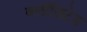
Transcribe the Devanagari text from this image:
क्लॉज़िटेड